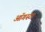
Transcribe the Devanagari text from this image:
ऑगस्‍टा